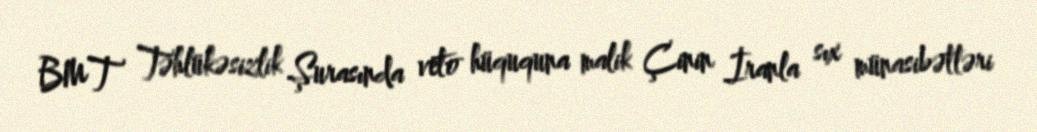
BMT Təhlükəsizlik Şurasında veto hüququna malik Çinin İranla sıx münasibətləri